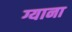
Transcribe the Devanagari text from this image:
ग्याना